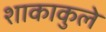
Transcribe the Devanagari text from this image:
शाकाकुले